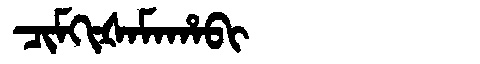
Manchu: ᠴᡳᠮᡴᡳᡧᠠᠮᠠᡥᠠᠪᡳ
Romanization: CIMKIŠAMAHABI